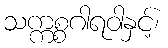
သက္ကစ္စဂါရဝါနှင့်၊